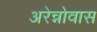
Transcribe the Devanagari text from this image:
अरेन्नोवास